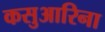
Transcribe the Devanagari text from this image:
कसुआरिना